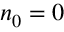
n _ { 0 } = 0